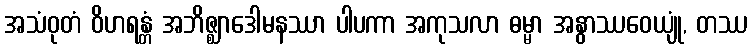
အသံဝုတံ ဝိဟရန္တံ အဘိဇ္ဈာဒေါမနဿာ ပါပကာ အကုသလာ ဓမ္မာ အနွာဿဝေယျုံ, တဿ